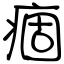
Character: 痼